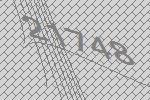
21748